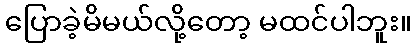
ပြောခဲ့မိမယ်လို့တော့ မထင်ပါဘူး။